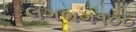
લગભગ૧૦૦